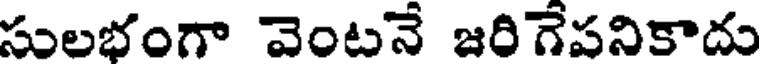
సులభంగా వెంటనే జరిగేపనికాదు